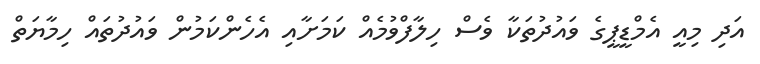
އަދި މިއީ އެމްޑީޕީގެ ވައުދުތަކާ ވެސް ހިލާފްވުމެއް ކަމަށާއި އެހެންކަމުން ވައުދުތައް ހިމާޔަތް